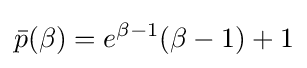
{\bar {p}}(\beta )=e^{\beta -1}(\beta -1)+1